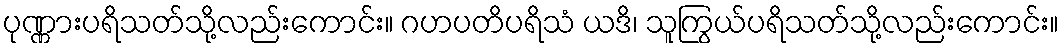
ပုဏ္ဏားပရိသတ်သို့လည်းကောင်း။ ဂဟပတိပရိသံ ယဒိ၊ သူကြွယ်ပရိသတ်သို့လည်းကောင်း။